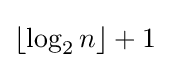
\lfloor \log _{2}n\rfloor +1